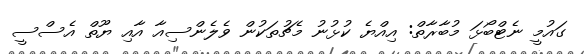
ގައުމީ ނެޓްބޯޅަ މުބާރާތް: އިއްޔެ ކުޅުނު މެޗުތަކުން ވެލެންސިއާ އާއި ޔޫތް އެސްސީ